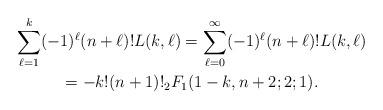
LaTeX: \begin{gather*}\sum_{\ell=1}^{k}(-1)^{\ell}(n+\ell)!L(k,\ell)=\sum_{\ell=0}^\infty(-1)^{\ell}(n+\ell)!L(k,\ell)\\=-k! (n+1)!{}_2F_1(1-k,n+2;2;1).\end{gather*}